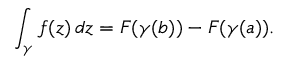
\int _ { \gamma } f ( z ) \, d z = F ( \gamma ( b ) ) - F ( \gamma ( a ) ) .